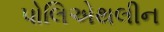
પોલિએથલીન